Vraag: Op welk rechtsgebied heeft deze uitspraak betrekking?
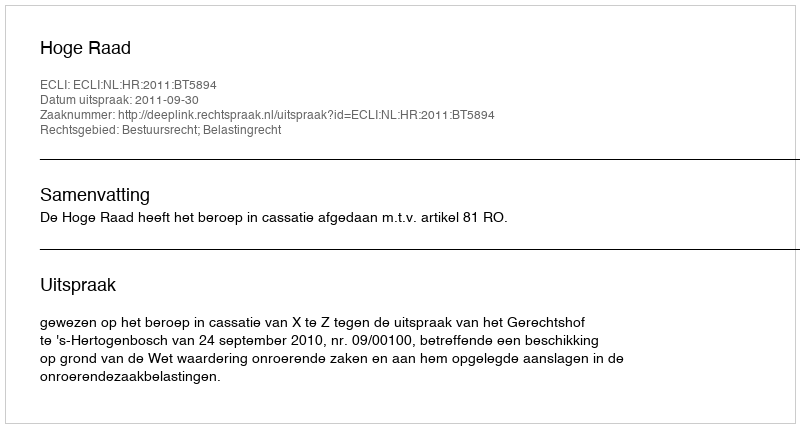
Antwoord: Bestuursrecht; Belastingrecht